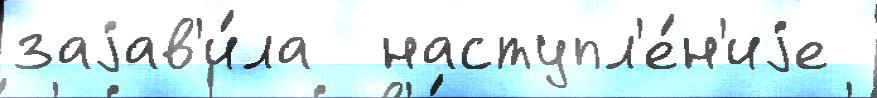
заjав'и́ла  наступл'е́н'иjе